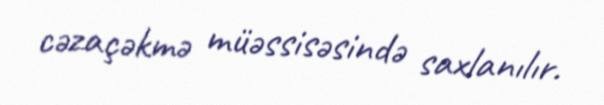
cəzaçəkmə müəssisəsində saxlanılır.